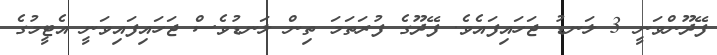
ފޭދޫންވަނީ 3 ލަނޑު ޖަހައިފައެވެ. ފޭދޫގެ ފުރަތަމަ ތިން ލަނޑުވެސް ޖަހައިފައިވަނީ އެޓީމުގެ